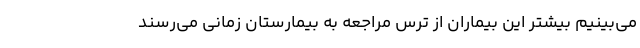
می‌بینیم بیشتر این بیماران از ترس مراجعه به بیمارستان زمانی می‌رسند